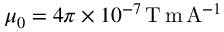
\mu _ { 0 } = 4 \pi \times 1 0 ^ { - 7 } \, \mathrm { T } \, \mathrm { m } \, \mathrm { A } ^ { - 1 }